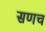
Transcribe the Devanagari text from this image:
सणच